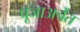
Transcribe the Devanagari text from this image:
पूजाअर्चेत